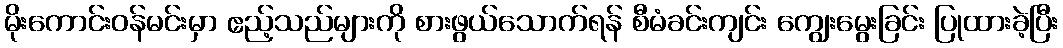
မိုးကောင်းဝန်မင်းမှာ ဧည့်သည်များကို စားဖွယ်သောက်ရန် စီမံခင်းကျင်း ကျွေးမွေးခြင်း ပြုထားခဲ့ပြီး